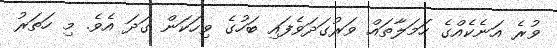
ވުރެ އަނެކެއްގެ ހަމަލާތައް ވަރުގަދަވެފައި ބަހުގެ ވިހަކަން ގަދަ އެވެ. މި ހަތަރު